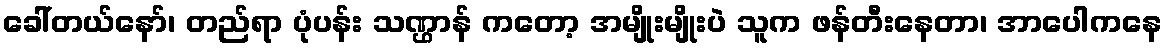
ခေါ်တယ်နော်၊ တည်ရာ ပုံပန်း သဏ္ဌာန် ကတော့ အမျိုးမျိုးပဲ သူက ဖန်တီးနေတာ၊ အာပေါကနေ